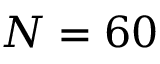
N = 6 0